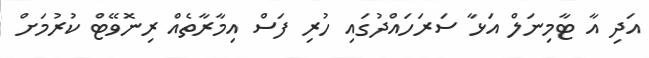
އަދި އާ ޓާމިނަލް އަޅާ ސަރަހައްދުގައި ހުރި ފަސް އިމާރާތެއް ރިނޮވޭޓް ކުރުމަށް